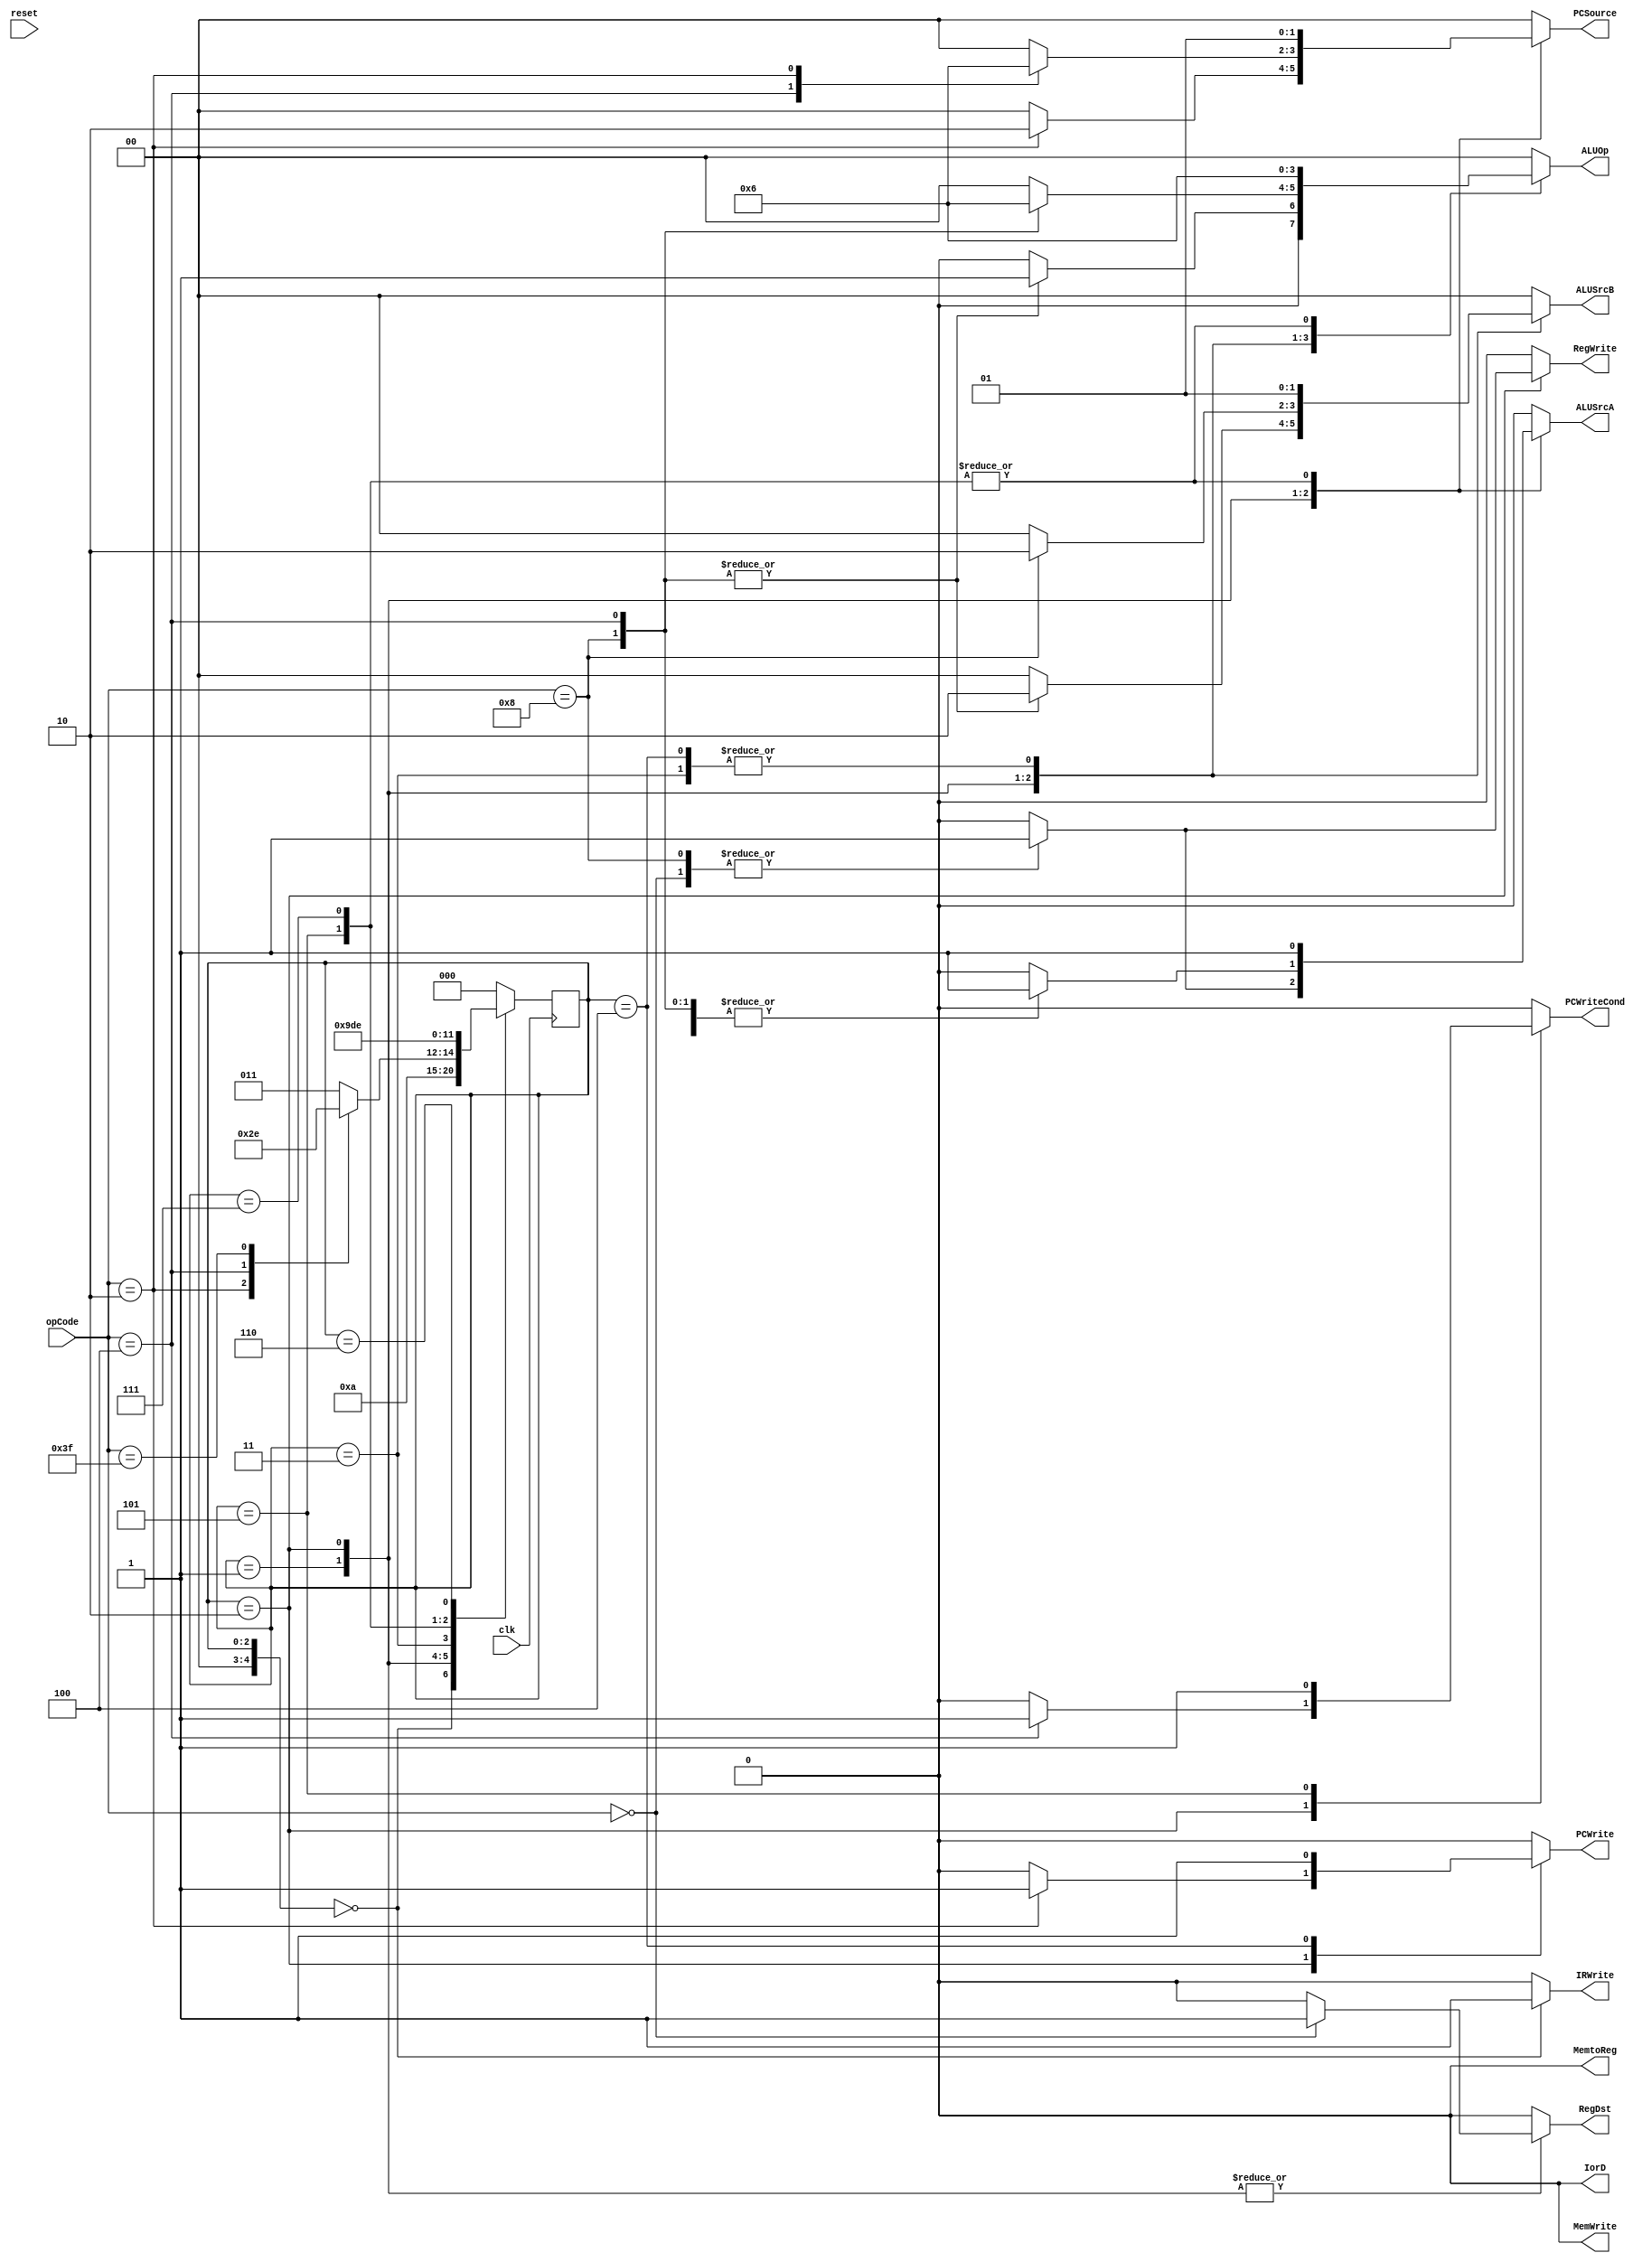
 module control_unit(input[5:0] opCode, 
			  input clk, reset, 
		    	  output reg[1:0] ALUOp, 
				  output reg PCWriteCond,
                          output reg[1:0] ALUSrcB, PCSource,
                          output reg PCWrite, IorD, MemWrite, MemtoReg, IRWrite, ALUSrcA, RegWrite, RegDst);

     // states
     localparam FETCH    = 3'd0,
                DECODE   = 3'd1,
                EXECUTE = 3'd2,
		INCREMENT_PC = 3'd3,
		INCREMENT_PC_EXECUTE = 3'd4,
		BRANCH = 3'd5,
		END_STATE = 3'd6,
		BRANCH_EXECUTE = 3'd7;
	
	// opcodes
	localparam 
		 R_TYPE = 6'b000000,
		 ADDI   = 6'b001000,
		BEQ   = 6'b000100,  
		J   = 6'b000010,
		END = 6'b111111;
	// ALUOps
	localparam 
		R_OP = 2'b00,
      ADD = 2'b01,
		SUB = 2'b10;
		

	reg [4:0] current_state, next_state; 	
	
	initial begin
	current_state = FETCH;
	end
	
	always@(*)
    	begin // state_table 
            case (current_state)
                FETCH: next_state = DECODE;
		DECODE: next_state = EXECUTE;	
		EXECUTE: begin
				case (opCode)
					J: next_state = FETCH;
					BEQ: next_state = BRANCH;
					END: next_state = END_STATE;
					default: next_state = INCREMENT_PC;
				endcase
			end		
		 INCREMENT_PC: next_state = INCREMENT_PC_EXECUTE;	
		 BRANCH: next_state = BRANCH_EXECUTE;
		 BRANCH_EXECUTE: next_state = INCREMENT_PC;    
		 END_STATE: next_state = END_STATE;
		 default: next_state = FETCH;
        endcase
    end 

   // assign output based on current state
always @(*)
    begin: enable_signals
        // By default make all our signals 0
	 ALUOp = 2'b00; 
	 PCWriteCond = 1'b0;
	 PCWrite = 1'b0;
	 IorD = 1'b0;
	 MemWrite = 1'b0;
	 MemtoReg = 1'b0;
	 IRWrite = 1'b0;
	 ALUSrcB = 2'b0;
	 ALUSrcA = 1'b0;
	 RegWrite = 1'b0; 
	 RegDst = 1'b0;
	 PCSource = 2'b00;
 case (current_state)
            FETCH: begin  // get the instruction into the IR
                IRWrite = 1'b1;
		IorD = 1'b0;
                end
            DECODE: begin // decode the instruction and prepare the values

			case(opCode)
				R_TYPE: begin 
					ALUSrcA = 1'b1;
					ALUSrcB = 2'b00;
					RegDst = 1'b1;
					ALUOp = R_OP;
				end
				ADDI: begin 
					ALUSrcA = 1'b1;
					ALUSrcB = 2'b10;
					RegDst = 1'b0;
					ALUOp = ADD;
				end
				BEQ: begin 
					ALUSrcA = 1'b0;
					ALUSrcB = 2'b10;
					ALUOp = ADD;
				end
				J: begin 
					PCSource = 2'b10;
				end
			endcase
		end 
	    EXECUTE: begin // get the values to where they belong, ie. their correct registers
			case(opCode)
					R_TYPE: begin 
						ALUSrcA = 1'b1;
						ALUSrcB = 2'b00;
						RegDst = 1'b1;
						ALUOp = R_OP;
						RegWrite = 1'b1;
					end
               ADDI: begin 
						ALUSrcA = 1'b1;
						ALUSrcB = 2'b10;
						RegDst = 1'b0;
						ALUOp = ADD;
						RegWrite = 1'b1;
					end
					BEQ: begin 
						ALUSrcA = 1'b1;
						ALUSrcB = 2'b00;
						PCSource = 2'b01;
						PCWriteCond = 1'b1;
						ALUOp= SUB;
					end
					J: begin 
						PCSource = 2'b10;
						PCWrite = 1'b1;
					end
				endcase
		end
	INCREMENT_PC: begin
		ALUSrcA = 1'b0;
		ALUSrcB = 2'b01;
		ALUOp = ADD;
	end
	INCREMENT_PC_EXECUTE: begin
		ALUSrcA = 1'b0;
		ALUSrcB = 2'b01;
		ALUOp = ADD;
		PCWrite = 1'b1;
	end
    BRANCH: begin
		ALUSrcA = 1'b1;
		ALUSrcB = 2'b00;
		PCSource = 2'b01;
		ALUOp = SUB;
		PCWriteCond = 1'b1;
	end
		BRANCH_EXECUTE: begin
			ALUSrcA = 1'b1;
			ALUSrcB = 2'b00;
			PCSource = 2'b01;
			PCWrite = 1'b0;
			// PCWriteCond = 1'b1;
			ALUOp = SUB;
	end

        // default:    // don't need default since we already made sure all of our outputs were assigned a value at the start of the always block
        endcase
	end
                                
   
	always @(posedge clk)
	begin
		current_state <= next_state;
	end
	
endmodule